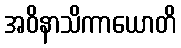
အဝိနာသိကာယောတိ